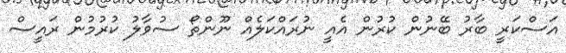
އަސްކަރީ ބާރު ބޭނުން ކުރުން އެއީ ނުރައްކަލެއް ނޫންތޯ ސުވާލު ކުރުމުން ރައީސް